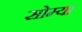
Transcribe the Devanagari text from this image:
सोम्या